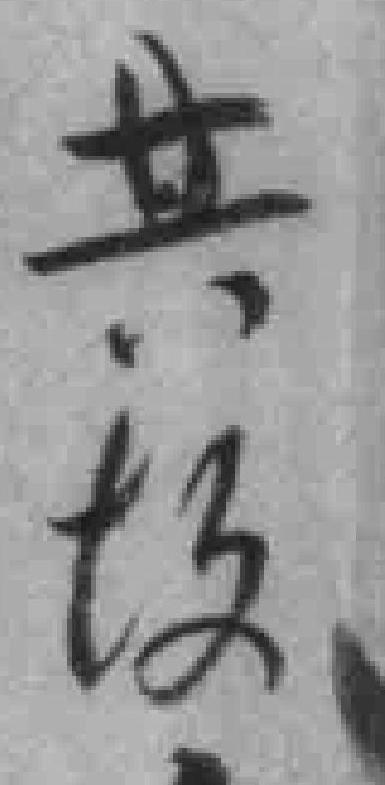
共*